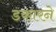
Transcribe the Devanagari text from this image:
डकारने